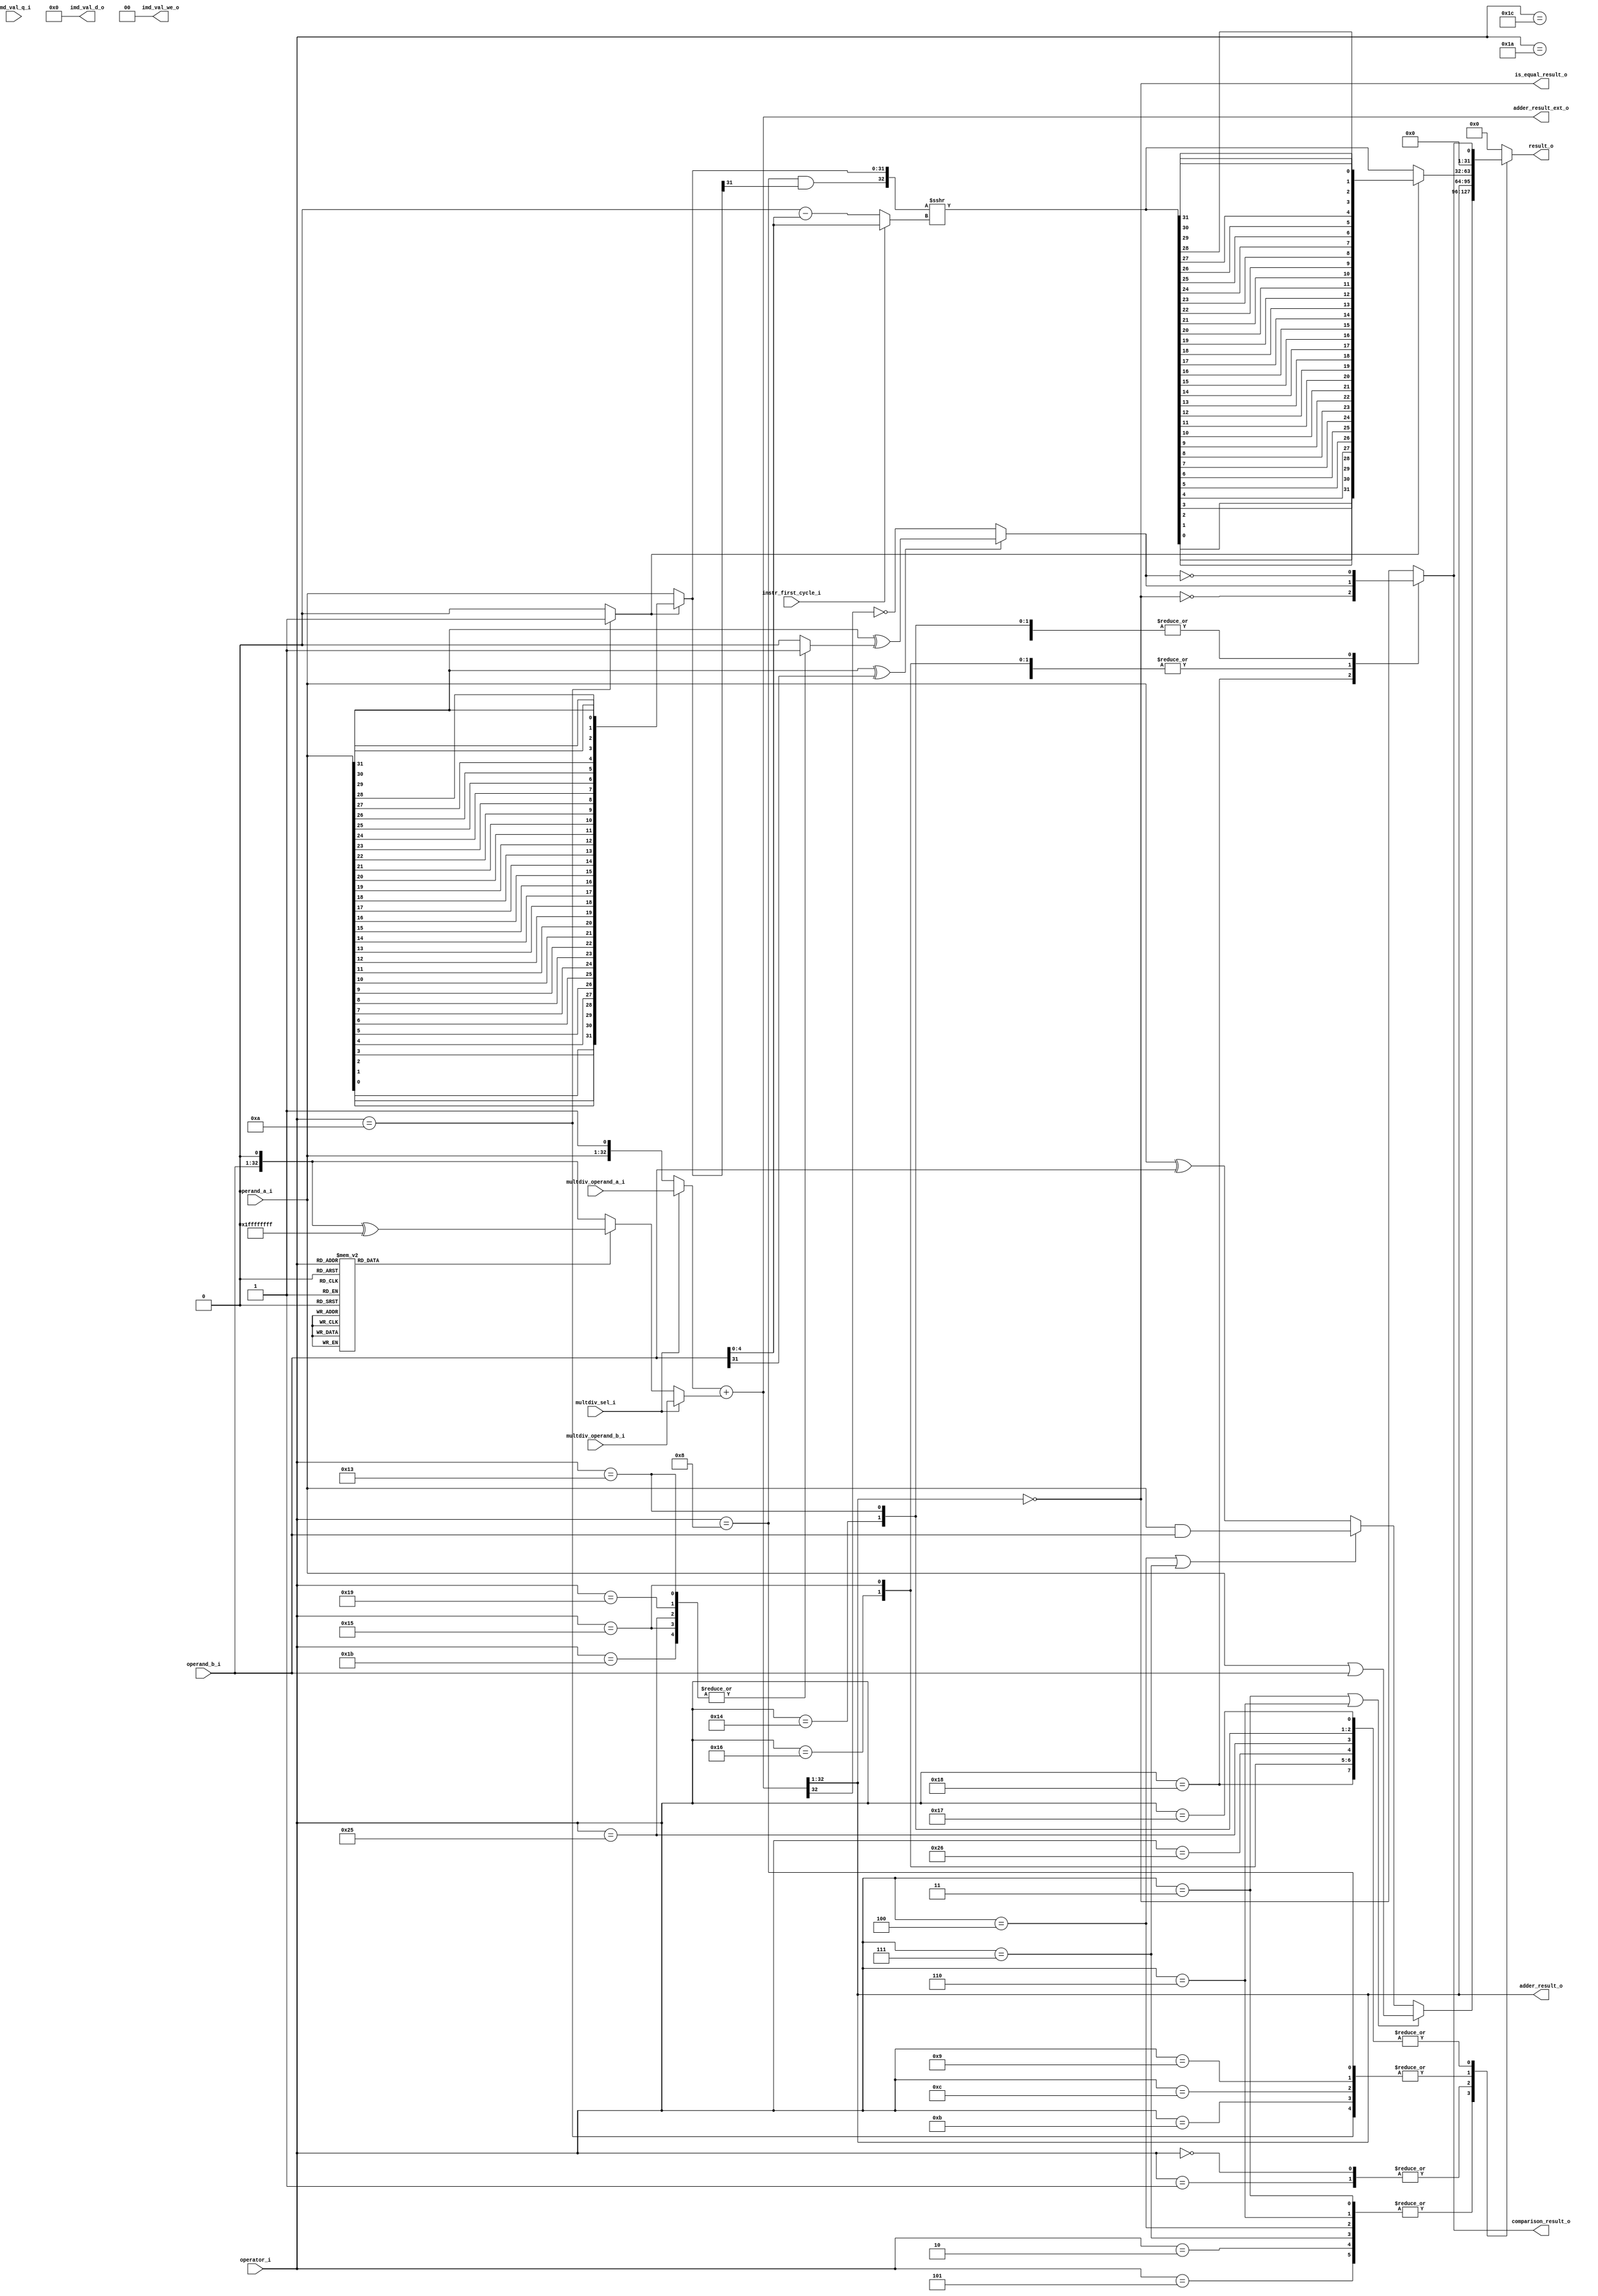
module ibex_alu (
	operator_i,
	operand_a_i,
	operand_b_i,
	instr_first_cycle_i,
	multdiv_operand_a_i,
	multdiv_operand_b_i,
	multdiv_sel_i,
	imd_val_q_i,
	imd_val_d_o,
	imd_val_we_o,
	adder_result_o,
	adder_result_ext_o,
	result_o,
	comparison_result_o,
	is_equal_result_o
);
	localparam integer ibex_pkg_RV32BNone = 0;
	parameter integer RV32B = ibex_pkg_RV32BNone;
	input wire [5:0] operator_i;
	input wire [31:0] operand_a_i;
	input wire [31:0] operand_b_i;
	input wire instr_first_cycle_i;
	input wire [32:0] multdiv_operand_a_i;
	input wire [32:0] multdiv_operand_b_i;
	input wire multdiv_sel_i;
	input wire [63:0] imd_val_q_i;
	output reg [63:0] imd_val_d_o;
	output reg [1:0] imd_val_we_o;
	output wire [31:0] adder_result_o;
	output wire [33:0] adder_result_ext_o;
	output reg [31:0] result_o;
	output wire comparison_result_o;
	output wire is_equal_result_o;
	wire [31:0] operand_a_rev;
	wire [32:0] operand_b_neg;
	generate
		genvar k;
		for (k = 0; k < 32; k = k + 1) begin : gen_rev_operand_a
			assign operand_a_rev[k] = operand_a_i[31 - k];
		end
	endgenerate
	reg adder_op_b_negate;
	wire [32:0] adder_in_a;
	reg [32:0] adder_in_b;
	wire [31:0] adder_result;
	localparam [5:0] ibex_pkg_ALU_EQ = 23;
	localparam [5:0] ibex_pkg_ALU_GE = 21;
	localparam [5:0] ibex_pkg_ALU_GEU = 22;
	localparam [5:0] ibex_pkg_ALU_LT = 19;
	localparam [5:0] ibex_pkg_ALU_LTU = 20;
	localparam [5:0] ibex_pkg_ALU_MAX = 27;
	localparam [5:0] ibex_pkg_ALU_MAXU = 28;
	localparam [5:0] ibex_pkg_ALU_MIN = 25;
	localparam [5:0] ibex_pkg_ALU_MINU = 26;
	localparam [5:0] ibex_pkg_ALU_NE = 24;
	localparam [5:0] ibex_pkg_ALU_SLT = 37;
	localparam [5:0] ibex_pkg_ALU_SLTU = 38;
	localparam [5:0] ibex_pkg_ALU_SUB = 1;
	always @(*) begin
		adder_op_b_negate = 1'b0;
		case (operator_i)
			ibex_pkg_ALU_SUB, ibex_pkg_ALU_EQ, ibex_pkg_ALU_NE, ibex_pkg_ALU_GE, ibex_pkg_ALU_GEU, ibex_pkg_ALU_LT, ibex_pkg_ALU_LTU, ibex_pkg_ALU_SLT, ibex_pkg_ALU_SLTU, ibex_pkg_ALU_MIN, ibex_pkg_ALU_MINU, ibex_pkg_ALU_MAX, ibex_pkg_ALU_MAXU: adder_op_b_negate = 1'b1;
			default:
				;
		endcase
	end
	assign adder_in_a = (multdiv_sel_i ? multdiv_operand_a_i : {operand_a_i, 1'b1});
	assign operand_b_neg = {operand_b_i, 1'b0} ^ {33 {1'b1}};
	always @(*)
		case (1'b1)
			multdiv_sel_i: adder_in_b = multdiv_operand_b_i;
			adder_op_b_negate: adder_in_b = operand_b_neg;
			default: adder_in_b = {operand_b_i, 1'b0};
		endcase
	assign adder_result_ext_o = $unsigned(adder_in_a) + $unsigned(adder_in_b);
	assign adder_result = adder_result_ext_o[32:1];
	assign adder_result_o = adder_result;
	wire is_equal;
	reg is_greater_equal;
	reg cmp_signed;
	always @(*)
		case (operator_i)
			ibex_pkg_ALU_GE, ibex_pkg_ALU_LT, ibex_pkg_ALU_SLT, ibex_pkg_ALU_MIN, ibex_pkg_ALU_MAX: cmp_signed = 1'b1;
			default: cmp_signed = 1'b0;
		endcase
	assign is_equal = adder_result == 32'b00000000000000000000000000000000;
	assign is_equal_result_o = is_equal;
	always @(*)
		if ((operand_a_i[31] ^ operand_b_i[31]) == 1'b0)
			is_greater_equal = adder_result[31] == 1'b0;
		else
			is_greater_equal = operand_a_i[31] ^ cmp_signed;
	reg cmp_result;
	always @(*)
		case (operator_i)
			ibex_pkg_ALU_EQ: cmp_result = is_equal;
			ibex_pkg_ALU_NE: cmp_result = ~is_equal;
			ibex_pkg_ALU_GE, ibex_pkg_ALU_GEU, ibex_pkg_ALU_MAX, ibex_pkg_ALU_MAXU: cmp_result = is_greater_equal;
			ibex_pkg_ALU_LT, ibex_pkg_ALU_LTU, ibex_pkg_ALU_MIN, ibex_pkg_ALU_MINU, ibex_pkg_ALU_SLT, ibex_pkg_ALU_SLTU: cmp_result = ~is_greater_equal;
			default: cmp_result = is_equal;
		endcase
	assign comparison_result_o = cmp_result;
	reg shift_left;
	wire shift_ones;
	wire shift_arith;
	wire shift_funnel;
	wire shift_sbmode;
	reg [5:0] shift_amt;
	wire [5:0] shift_amt_compl;
	reg [31:0] shift_operand;
	reg [32:0] shift_result_ext;
	reg unused_shift_result_ext;
	reg [31:0] shift_result;
	reg [31:0] shift_result_rev;
	wire bfp_op;
	wire [4:0] bfp_len;
	wire [4:0] bfp_off;
	wire [31:0] bfp_mask;
	wire [31:0] bfp_mask_rev;
	wire [31:0] bfp_result;
	localparam [5:0] ibex_pkg_ALU_BFP = 49;
	assign bfp_op = (RV32B != ibex_pkg_RV32BNone ? operator_i == ibex_pkg_ALU_BFP : 1'b0);
	assign bfp_len = {~(|operand_b_i[27:24]), operand_b_i[27:24]};
	assign bfp_off = operand_b_i[20:16];
	assign bfp_mask = (RV32B != ibex_pkg_RV32BNone ? ~(32'hffffffff << bfp_len) : {32 {1'sb0}});
	generate
		genvar i;
		for (i = 0; i < 32; i = i + 1) begin : gen_rev_bfp_mask
			assign bfp_mask_rev[i] = bfp_mask[31 - i];
		end
	endgenerate
	assign bfp_result = (RV32B != ibex_pkg_RV32BNone ? (~shift_result & operand_a_i) | ((operand_b_i & bfp_mask) << bfp_off) : {32 {1'sb0}});
	wire [1:1] sv2v_tmp_86907;
	assign sv2v_tmp_86907 = operand_b_i[5] & shift_funnel;
	always @(*) shift_amt[5] = sv2v_tmp_86907;
	assign shift_amt_compl = 32 - operand_b_i[4:0];
	always @(*)
		if (bfp_op)
			shift_amt[4:0] = bfp_off;
		else
			shift_amt[4:0] = (instr_first_cycle_i ? (operand_b_i[5] && shift_funnel ? shift_amt_compl[4:0] : operand_b_i[4:0]) : (operand_b_i[5] && shift_funnel ? operand_b_i[4:0] : shift_amt_compl[4:0]));
	localparam [5:0] ibex_pkg_ALU_SBCLR = 44;
	localparam [5:0] ibex_pkg_ALU_SBINV = 45;
	localparam [5:0] ibex_pkg_ALU_SBSET = 43;
	assign shift_sbmode = (RV32B != ibex_pkg_RV32BNone ? ((operator_i == ibex_pkg_ALU_SBSET) | (operator_i == ibex_pkg_ALU_SBCLR)) | (operator_i == ibex_pkg_ALU_SBINV) : 1'b0);
	localparam [5:0] ibex_pkg_ALU_FSL = 41;
	localparam [5:0] ibex_pkg_ALU_FSR = 42;
	localparam [5:0] ibex_pkg_ALU_ROL = 14;
	localparam [5:0] ibex_pkg_ALU_ROR = 13;
	localparam [5:0] ibex_pkg_ALU_SLL = 10;
	localparam [5:0] ibex_pkg_ALU_SLO = 12;
	always @(*) begin
		case (operator_i)
			ibex_pkg_ALU_SLL: shift_left = 1'b1;
			ibex_pkg_ALU_SLO, ibex_pkg_ALU_BFP: shift_left = (RV32B != ibex_pkg_RV32BNone ? 1'b1 : 1'b0);
			ibex_pkg_ALU_ROL: shift_left = (RV32B != ibex_pkg_RV32BNone ? instr_first_cycle_i : 0);
			ibex_pkg_ALU_ROR: shift_left = (RV32B != ibex_pkg_RV32BNone ? ~instr_first_cycle_i : 0);
			ibex_pkg_ALU_FSL: shift_left = (RV32B != ibex_pkg_RV32BNone ? (shift_amt[5] ? ~instr_first_cycle_i : instr_first_cycle_i) : 1'b0);
			ibex_pkg_ALU_FSR: shift_left = (RV32B != ibex_pkg_RV32BNone ? (shift_amt[5] ? instr_first_cycle_i : ~instr_first_cycle_i) : 1'b0);
			default: shift_left = 1'b0;
		endcase
		if (shift_sbmode)
			shift_left = 1'b1;
	end
	localparam [5:0] ibex_pkg_ALU_SRA = 8;
	assign shift_arith = operator_i == ibex_pkg_ALU_SRA;
	localparam [5:0] ibex_pkg_ALU_SRO = 11;
	assign shift_ones = (RV32B != ibex_pkg_RV32BNone ? (operator_i == ibex_pkg_ALU_SLO) | (operator_i == ibex_pkg_ALU_SRO) : 1'b0);
	assign shift_funnel = (RV32B != ibex_pkg_RV32BNone ? (operator_i == ibex_pkg_ALU_FSL) | (operator_i == ibex_pkg_ALU_FSR) : 1'b0);
	always @(*) begin
		if (RV32B == ibex_pkg_RV32BNone)
			shift_operand = (shift_left ? operand_a_rev : operand_a_i);
		else
			case (1'b1)
				bfp_op: shift_operand = bfp_mask_rev;
				shift_sbmode: shift_operand = 32'h80000000;
				default: shift_operand = (shift_left ? operand_a_rev : operand_a_i);
			endcase
		shift_result_ext = $unsigned($signed({shift_ones | (shift_arith & shift_operand[31]), shift_operand}) >>> shift_amt[4:0]);
		shift_result = shift_result_ext[31:0];
		unused_shift_result_ext = shift_result_ext[32];
		begin : sv2v_autoblock_6
			reg [31:0] i;
			for (i = 0; i < 32; i = i + 1)
				shift_result_rev[i] = shift_result[31 - i];
		end
		shift_result = (shift_left ? shift_result_rev : shift_result);
	end
	wire bwlogic_or;
	wire bwlogic_and;
	wire [31:0] bwlogic_operand_b;
	wire [31:0] bwlogic_or_result;
	wire [31:0] bwlogic_and_result;
	wire [31:0] bwlogic_xor_result;
	reg [31:0] bwlogic_result;
	reg bwlogic_op_b_negate;
	localparam [5:0] ibex_pkg_ALU_ANDN = 7;
	localparam [5:0] ibex_pkg_ALU_CMIX = 40;
	localparam [5:0] ibex_pkg_ALU_ORN = 6;
	localparam [5:0] ibex_pkg_ALU_XNOR = 5;
	always @(*)
		case (operator_i)
			ibex_pkg_ALU_XNOR, ibex_pkg_ALU_ORN, ibex_pkg_ALU_ANDN: bwlogic_op_b_negate = (RV32B != ibex_pkg_RV32BNone ? 1'b1 : 1'b0);
			ibex_pkg_ALU_CMIX: bwlogic_op_b_negate = (RV32B != ibex_pkg_RV32BNone ? ~instr_first_cycle_i : 1'b0);
			default: bwlogic_op_b_negate = 1'b0;
		endcase
	assign bwlogic_operand_b = (bwlogic_op_b_negate ? operand_b_neg[32:1] : operand_b_i);
	assign bwlogic_or_result = operand_a_i | bwlogic_operand_b;
	assign bwlogic_and_result = operand_a_i & bwlogic_operand_b;
	assign bwlogic_xor_result = operand_a_i ^ bwlogic_operand_b;
	localparam [5:0] ibex_pkg_ALU_OR = 3;
	assign bwlogic_or = (operator_i == ibex_pkg_ALU_OR) | (operator_i == ibex_pkg_ALU_ORN);
	localparam [5:0] ibex_pkg_ALU_AND = 4;
	assign bwlogic_and = (operator_i == ibex_pkg_ALU_AND) | (operator_i == ibex_pkg_ALU_ANDN);
	always @(*)
		case (1'b1)
			bwlogic_or: bwlogic_result = bwlogic_or_result;
			bwlogic_and: bwlogic_result = bwlogic_and_result;
			default: bwlogic_result = bwlogic_xor_result;
		endcase
	wire [5:0] bitcnt_result;
	wire [31:0] minmax_result;
	reg [31:0] pack_result;
	wire [31:0] sext_result;
	reg [31:0] singlebit_result;
	reg [31:0] rev_result;
	reg [31:0] shuffle_result;
	reg [31:0] butterfly_result;
	reg [31:0] invbutterfly_result;
	reg [31:0] clmul_result;
	reg [31:0] multicycle_result;
	localparam [5:0] ibex_pkg_ALU_BDEP = 48;
	localparam [5:0] ibex_pkg_ALU_BEXT = 47;
	localparam [5:0] ibex_pkg_ALU_CLMULH = 52;
	localparam [5:0] ibex_pkg_ALU_CLMULR = 51;
	localparam [5:0] ibex_pkg_ALU_CLZ = 34;
	localparam [5:0] ibex_pkg_ALU_CMOV = 39;
	localparam [5:0] ibex_pkg_ALU_CRC32C_B = 54;
	localparam [5:0] ibex_pkg_ALU_CRC32C_H = 56;
	localparam [5:0] ibex_pkg_ALU_CRC32C_W = 58;
	localparam [5:0] ibex_pkg_ALU_CRC32_B = 53;
	localparam [5:0] ibex_pkg_ALU_CRC32_H = 55;
	localparam [5:0] ibex_pkg_ALU_CRC32_W = 57;
	localparam [5:0] ibex_pkg_ALU_CTZ = 35;
	localparam [5:0] ibex_pkg_ALU_GORC = 16;
	localparam [5:0] ibex_pkg_ALU_PACKH = 31;
	localparam [5:0] ibex_pkg_ALU_PACKU = 30;
	localparam [5:0] ibex_pkg_ALU_SEXTB = 32;
	localparam [5:0] ibex_pkg_ALU_UNSHFL = 18;
	localparam integer ibex_pkg_RV32BFull = 2;
	generate
		if (RV32B != ibex_pkg_RV32BNone) begin : g_alu_rvb
			wire zbe_op;
			wire bitcnt_ctz;
			wire bitcnt_clz;
			wire bitcnt_cz;
			reg [31:0] bitcnt_bits;
			wire [31:0] bitcnt_mask_op;
			reg [31:0] bitcnt_bit_mask;
			reg [191:0] bitcnt_partial;
			wire [31:0] bitcnt_partial_lsb_d;
			wire [31:0] bitcnt_partial_msb_d;
			assign bitcnt_ctz = operator_i == ibex_pkg_ALU_CTZ;
			assign bitcnt_clz = operator_i == ibex_pkg_ALU_CLZ;
			assign bitcnt_cz = bitcnt_ctz | bitcnt_clz;
			assign bitcnt_result = bitcnt_partial[0+:6];
			assign bitcnt_mask_op = (bitcnt_clz ? operand_a_rev : operand_a_i);
			always @(*) begin
				bitcnt_bit_mask = bitcnt_mask_op;
				bitcnt_bit_mask = bitcnt_bit_mask | (bitcnt_bit_mask << 1);
				bitcnt_bit_mask = bitcnt_bit_mask | (bitcnt_bit_mask << 2);
				bitcnt_bit_mask = bitcnt_bit_mask | (bitcnt_bit_mask << 4);
				bitcnt_bit_mask = bitcnt_bit_mask | (bitcnt_bit_mask << 8);
				bitcnt_bit_mask = bitcnt_bit_mask | (bitcnt_bit_mask << 16);
				bitcnt_bit_mask = ~bitcnt_bit_mask;
			end
			assign zbe_op = (operator_i == ibex_pkg_ALU_BEXT) | (operator_i == ibex_pkg_ALU_BDEP);
			always @(*)
				case (1'b1)
					zbe_op: bitcnt_bits = operand_b_i;
					bitcnt_cz: bitcnt_bits = bitcnt_bit_mask & ~bitcnt_mask_op;
					default: bitcnt_bits = operand_a_i;
				endcase
			always @(*) begin
				bitcnt_partial = {32 {6'b000000}};
				begin : sv2v_autoblock_7
					reg [31:0] i;
					for (i = 1; i < 32; i = i + 2)
						bitcnt_partial[(31 - i) * 6+:6] = {5'h00, bitcnt_bits[i]} + {5'h00, bitcnt_bits[i - 1]};
				end
				begin : sv2v_autoblock_8
					reg [31:0] i;
					for (i = 3; i < 32; i = i + 4)
						bitcnt_partial[(31 - i) * 6+:6] = bitcnt_partial[(33 - i) * 6+:6] + bitcnt_partial[(31 - i) * 6+:6];
				end
				begin : sv2v_autoblock_9
					reg [31:0] i;
					for (i = 7; i < 32; i = i + 8)
						bitcnt_partial[(31 - i) * 6+:6] = bitcnt_partial[(35 - i) * 6+:6] + bitcnt_partial[(31 - i) * 6+:6];
				end
				begin : sv2v_autoblock_10
					reg [31:0] i;
					for (i = 15; i < 32; i = i + 16)
						bitcnt_partial[(31 - i) * 6+:6] = bitcnt_partial[(39 - i) * 6+:6] + bitcnt_partial[(31 - i) * 6+:6];
				end
				bitcnt_partial[0+:6] = bitcnt_partial[96+:6] + bitcnt_partial[0+:6];
				bitcnt_partial[48+:6] = bitcnt_partial[96+:6] + bitcnt_partial[48+:6];
				begin : sv2v_autoblock_11
					reg [31:0] i;
					for (i = 11; i < 32; i = i + 8)
						bitcnt_partial[(31 - i) * 6+:6] = bitcnt_partial[(35 - i) * 6+:6] + bitcnt_partial[(31 - i) * 6+:6];
				end
				begin : sv2v_autoblock_12
					reg [31:0] i;
					for (i = 5; i < 32; i = i + 4)
						bitcnt_partial[(31 - i) * 6+:6] = bitcnt_partial[(33 - i) * 6+:6] + bitcnt_partial[(31 - i) * 6+:6];
				end
				bitcnt_partial[186+:6] = {5'h00, bitcnt_bits[0]};
				begin : sv2v_autoblock_13
					reg [31:0] i;
					for (i = 2; i < 32; i = i + 2)
						bitcnt_partial[(31 - i) * 6+:6] = bitcnt_partial[(32 - i) * 6+:6] + {5'h00, bitcnt_bits[i]};
				end
			end
			assign minmax_result = (cmp_result ? operand_a_i : operand_b_i);
			wire packu;
			wire packh;
			assign packu = operator_i == ibex_pkg_ALU_PACKU;
			assign packh = operator_i == ibex_pkg_ALU_PACKH;
			always @(*)
				case (1'b1)
					packu: pack_result = {operand_b_i[31:16], operand_a_i[31:16]};
					packh: pack_result = {16'h0000, operand_b_i[7:0], operand_a_i[7:0]};
					default: pack_result = {operand_b_i[15:0], operand_a_i[15:0]};
				endcase
			assign sext_result = (operator_i == ibex_pkg_ALU_SEXTB ? {{24 {operand_a_i[7]}}, operand_a_i[7:0]} : {{16 {operand_a_i[15]}}, operand_a_i[15:0]});
			always @(*)
				case (operator_i)
					ibex_pkg_ALU_SBSET: singlebit_result = operand_a_i | shift_result;
					ibex_pkg_ALU_SBCLR: singlebit_result = operand_a_i & ~shift_result;
					ibex_pkg_ALU_SBINV: singlebit_result = operand_a_i ^ shift_result;
					default: singlebit_result = {31'h00000000, shift_result[0]};
				endcase
			wire [4:0] zbp_shift_amt;
			wire gorc_op;
			assign gorc_op = operator_i == ibex_pkg_ALU_GORC;
			assign zbp_shift_amt[2:0] = (RV32B == ibex_pkg_RV32BFull ? shift_amt[2:0] : {3 {&shift_amt[2:0]}});
			assign zbp_shift_amt[4:3] = (RV32B == ibex_pkg_RV32BFull ? shift_amt[4:3] : {2 {&shift_amt[4:3]}});
			always @(*) begin
				rev_result = operand_a_i;
				if (zbp_shift_amt[0])
					rev_result = ((gorc_op ? rev_result : 32'h00000000) | ((rev_result & 32'h55555555) << 1)) | ((rev_result & 32'haaaaaaaa) >> 1);
				if (zbp_shift_amt[1])
					rev_result = ((gorc_op ? rev_result : 32'h00000000) | ((rev_result & 32'h33333333) << 2)) | ((rev_result & 32'hcccccccc) >> 2);
				if (zbp_shift_amt[2])
					rev_result = ((gorc_op ? rev_result : 32'h00000000) | ((rev_result & 32'h0f0f0f0f) << 4)) | ((rev_result & 32'hf0f0f0f0) >> 4);
				if (zbp_shift_amt[3])
					rev_result = ((gorc_op & (RV32B == ibex_pkg_RV32BFull) ? rev_result : 32'h00000000) | ((rev_result & 32'h00ff00ff) << 8)) | ((rev_result & 32'hff00ff00) >> 8);
				if (zbp_shift_amt[4])
					rev_result = ((gorc_op & (RV32B == ibex_pkg_RV32BFull) ? rev_result : 32'h00000000) | ((rev_result & 32'h0000ffff) << 16)) | ((rev_result & 32'hffff0000) >> 16);
			end
			wire crc_hmode;
			wire crc_bmode;
			wire [31:0] clmul_result_rev;
			if (RV32B == ibex_pkg_RV32BFull) begin : gen_alu_rvb_full
				localparam [127:0] SHUFFLE_MASK_L = {32'h00ff0000, 32'h0f000f00, 32'h30303030, 32'h44444444};
				localparam [127:0] SHUFFLE_MASK_R = {32'h0000ff00, 32'h00f000f0, 32'h0c0c0c0c, 32'h22222222};
				localparam [127:0] FLIP_MASK_L = {32'h22001100, 32'h00440000, 32'h44110000, 32'h11000000};
				localparam [127:0] FLIP_MASK_R = {32'h00880044, 32'h00002200, 32'h00008822, 32'h00000088};
				wire [31:0] SHUFFLE_MASK_NOT [0:3];
				for (i = 0; i < 4; i = i + 1) begin : gen_shuffle_mask_not
					assign SHUFFLE_MASK_NOT[i] = ~(SHUFFLE_MASK_L[(3 - i) * 32+:32] | SHUFFLE_MASK_R[(3 - i) * 32+:32]);
				end
				wire shuffle_flip;
				assign shuffle_flip = operator_i == ibex_pkg_ALU_UNSHFL;
				reg [3:0] shuffle_mode;
				always @(*) begin
					shuffle_result = operand_a_i;
					if (shuffle_flip) begin
						shuffle_mode[3] = shift_amt[0];
						shuffle_mode[2] = shift_amt[1];
						shuffle_mode[1] = shift_amt[2];
						shuffle_mode[0] = shift_amt[3];
					end
					else
						shuffle_mode = shift_amt[3:0];
					if (shuffle_flip)
						shuffle_result = ((((((((shuffle_result & 32'h88224411) | ((shuffle_result << 6) & FLIP_MASK_L[96+:32])) | ((shuffle_result >> 6) & FLIP_MASK_R[96+:32])) | ((shuffle_result << 9) & FLIP_MASK_L[64+:32])) | ((shuffle_result >> 9) & FLIP_MASK_R[64+:32])) | ((shuffle_result << 15) & FLIP_MASK_L[32+:32])) | ((shuffle_result >> 15) & FLIP_MASK_R[32+:32])) | ((shuffle_result << 21) & FLIP_MASK_L[0+:32])) | ((shuffle_result >> 21) & FLIP_MASK_R[0+:32]);
					if (shuffle_mode[3])
						shuffle_result = (shuffle_result & SHUFFLE_MASK_NOT[0]) | (((shuffle_result << 8) & SHUFFLE_MASK_L[96+:32]) | ((shuffle_result >> 8) & SHUFFLE_MASK_R[96+:32]));
					if (shuffle_mode[2])
						shuffle_result = (shuffle_result & SHUFFLE_MASK_NOT[1]) | (((shuffle_result << 4) & SHUFFLE_MASK_L[64+:32]) | ((shuffle_result >> 4) & SHUFFLE_MASK_R[64+:32]));
					if (shuffle_mode[1])
						shuffle_result = (shuffle_result & SHUFFLE_MASK_NOT[2]) | (((shuffle_result << 2) & SHUFFLE_MASK_L[32+:32]) | ((shuffle_result >> 2) & SHUFFLE_MASK_R[32+:32]));
					if (shuffle_mode[0])
						shuffle_result = (shuffle_result & SHUFFLE_MASK_NOT[3]) | (((shuffle_result << 1) & SHUFFLE_MASK_L[0+:32]) | ((shuffle_result >> 1) & SHUFFLE_MASK_R[0+:32]));
					if (shuffle_flip)
						shuffle_result = ((((((((shuffle_result & 32'h88224411) | ((shuffle_result << 6) & FLIP_MASK_L[96+:32])) | ((shuffle_result >> 6) & FLIP_MASK_R[96+:32])) | ((shuffle_result << 9) & FLIP_MASK_L[64+:32])) | ((shuffle_result >> 9) & FLIP_MASK_R[64+:32])) | ((shuffle_result << 15) & FLIP_MASK_L[32+:32])) | ((shuffle_result >> 15) & FLIP_MASK_R[32+:32])) | ((shuffle_result << 21) & FLIP_MASK_L[0+:32])) | ((shuffle_result >> 21) & FLIP_MASK_R[0+:32]);
				end
				reg [191:0] bitcnt_partial_q;
				for (i = 0; i < 32; i = i + 1) begin : gen_bitcnt_reg_in_lsb
					assign bitcnt_partial_lsb_d[i] = bitcnt_partial[(31 - i) * 6];
				end
				for (i = 0; i < 16; i = i + 1) begin : gen_bitcnt_reg_in_b1
					assign bitcnt_partial_msb_d[i] = bitcnt_partial[((31 - ((2 * i) + 1)) * 6) + 1];
				end
				for (i = 0; i < 8; i = i + 1) begin : gen_bitcnt_reg_in_b2
					assign bitcnt_partial_msb_d[16 + i] = bitcnt_partial[((31 - ((4 * i) + 3)) * 6) + 2];
				end
				for (i = 0; i < 4; i = i + 1) begin : gen_bitcnt_reg_in_b3
					assign bitcnt_partial_msb_d[24 + i] = bitcnt_partial[((31 - ((8 * i) + 7)) * 6) + 3];
				end
				for (i = 0; i < 2; i = i + 1) begin : gen_bitcnt_reg_in_b4
					assign bitcnt_partial_msb_d[28 + i] = bitcnt_partial[((31 - ((16 * i) + 15)) * 6) + 4];
				end
				assign bitcnt_partial_msb_d[30] = bitcnt_partial[5];
				assign bitcnt_partial_msb_d[31] = 1'b0;
				always @(*) begin
					bitcnt_partial_q = {32 {6'b000000}};
					begin : sv2v_autoblock_14
						reg [31:0] i;
						for (i = 0; i < 32; i = i + 1)
							begin : gen_bitcnt_reg_out_lsb
								bitcnt_partial_q[(31 - i) * 6] = imd_val_q_i[32 + i];
							end
					end
					begin : sv2v_autoblock_15
						reg [31:0] i;
						for (i = 0; i < 16; i = i + 1)
							begin : gen_bitcnt_reg_out_b1
								bitcnt_partial_q[((31 - ((2 * i) + 1)) * 6) + 1] = imd_val_q_i[i];
							end
					end
					begin : sv2v_autoblock_16
						reg [31:0] i;
						for (i = 0; i < 8; i = i + 1)
							begin : gen_bitcnt_reg_out_b2
								bitcnt_partial_q[((31 - ((4 * i) + 3)) * 6) + 2] = imd_val_q_i[16 + i];
							end
					end
					begin : sv2v_autoblock_17
						reg [31:0] i;
						for (i = 0; i < 4; i = i + 1)
							begin : gen_bitcnt_reg_out_b3
								bitcnt_partial_q[((31 - ((8 * i) + 7)) * 6) + 3] = imd_val_q_i[24 + i];
							end
					end
					begin : sv2v_autoblock_18
						reg [31:0] i;
						for (i = 0; i < 2; i = i + 1)
							begin : gen_bitcnt_reg_out_b4
								bitcnt_partial_q[((31 - ((16 * i) + 15)) * 6) + 4] = imd_val_q_i[28 + i];
							end
					end
					bitcnt_partial_q[5] = imd_val_q_i[30];
				end
				wire [31:0] butterfly_mask_l [0:4];
				wire [31:0] butterfly_mask_r [0:4];
				wire [31:0] butterfly_mask_not [0:4];
				wire [31:0] lrotc_stage [0:4];
				genvar stg;
				for (stg = 0; stg < 5; stg = stg + 1) begin : gen_butterfly_ctrl_stage
					genvar seg;
					for (seg = 0; seg < (2 ** stg); seg = seg + 1) begin : gen_butterfly_ctrl
						assign lrotc_stage[stg][((2 * (16 >> stg)) * (seg + 1)) - 1:(2 * (16 >> stg)) * seg] = {{16 >> stg {1'b0}}, {16 >> stg {1'b1}}} << bitcnt_partial_q[((32 - ((16 >> stg) * ((2 * seg) + 1))) * 6) + ($clog2(16 >> stg) >= 0 ? $clog2(16 >> stg) : ($clog2(16 >> stg) + ($clog2(16 >> stg) >= 0 ? $clog2(16 >> stg) + 1 : 1 - $clog2(16 >> stg))) - 1)-:($clog2(16 >> stg) >= 0 ? $clog2(16 >> stg) + 1 : 1 - $clog2(16 >> stg))];
						assign butterfly_mask_l[stg][((16 >> stg) * ((2 * seg) + 2)) - 1:(16 >> stg) * ((2 * seg) + 1)] = ~lrotc_stage[stg][((16 >> stg) * ((2 * seg) + 2)) - 1:(16 >> stg) * ((2 * seg) + 1)];
						assign butterfly_mask_r[stg][((16 >> stg) * ((2 * seg) + 1)) - 1:(16 >> stg) * (2 * seg)] = ~lrotc_stage[stg][((16 >> stg) * ((2 * seg) + 2)) - 1:(16 >> stg) * ((2 * seg) + 1)];
						assign butterfly_mask_l[stg][((16 >> stg) * ((2 * seg) + 1)) - 1:(16 >> stg) * (2 * seg)] = {((((16 >> stg) * ((2 * seg) + 1)) - 1) >= ((16 >> stg) * (2 * seg)) ? ((((16 >> stg) * ((2 * seg) + 1)) - 1) - ((16 >> stg) * (2 * seg))) + 1 : (((16 >> stg) * (2 * seg)) - (((16 >> stg) * ((2 * seg) + 1)) - 1)) + 1) {1'sb0}};
						assign butterfly_mask_r[stg][((16 >> stg) * ((2 * seg) + 2)) - 1:(16 >> stg) * ((2 * seg) + 1)] = {((((16 >> stg) * ((2 * seg) + 2)) - 1) >= ((16 >> stg) * ((2 * seg) + 1)) ? ((((16 >> stg) * ((2 * seg) + 2)) - 1) - ((16 >> stg) * ((2 * seg) + 1))) + 1 : (((16 >> stg) * ((2 * seg) + 1)) - (((16 >> stg) * ((2 * seg) + 2)) - 1)) + 1) {1'sb0}};
					end
				end
				for (stg = 0; stg < 5; stg = stg + 1) begin : gen_butterfly_not
					assign butterfly_mask_not[stg] = ~(butterfly_mask_l[stg] | butterfly_mask_r[stg]);
				end
				always @(*) begin
					butterfly_result = operand_a_i;
					butterfly_result = ((butterfly_result & butterfly_mask_not[0]) | ((butterfly_result & butterfly_mask_l[0]) >> 16)) | ((butterfly_result & butterfly_mask_r[0]) << 16);
					butterfly_result = ((butterfly_result & butterfly_mask_not[1]) | ((butterfly_result & butterfly_mask_l[1]) >> 8)) | ((butterfly_result & butterfly_mask_r[1]) << 8);
					butterfly_result = ((butterfly_result & butterfly_mask_not[2]) | ((butterfly_result & butterfly_mask_l[2]) >> 4)) | ((butterfly_result & butterfly_mask_r[2]) << 4);
					butterfly_result = ((butterfly_result & butterfly_mask_not[3]) | ((butterfly_result & butterfly_mask_l[3]) >> 2)) | ((butterfly_result & butterfly_mask_r[3]) << 2);
					butterfly_result = ((butterfly_result & butterfly_mask_not[4]) | ((butterfly_result & butterfly_mask_l[4]) >> 1)) | ((butterfly_result & butterfly_mask_r[4]) << 1);
					butterfly_result = butterfly_result & operand_b_i;
				end
				always @(*) begin
					invbutterfly_result = operand_a_i & operand_b_i;
					invbutterfly_result = ((invbutterfly_result & butterfly_mask_not[4]) | ((invbutterfly_result & butterfly_mask_l[4]) >> 1)) | ((invbutterfly_result & butterfly_mask_r[4]) << 1);
					invbutterfly_result = ((invbutterfly_result & butterfly_mask_not[3]) | ((invbutterfly_result & butterfly_mask_l[3]) >> 2)) | ((invbutterfly_result & butterfly_mask_r[3]) << 2);
					invbutterfly_result = ((invbutterfly_result & butterfly_mask_not[2]) | ((invbutterfly_result & butterfly_mask_l[2]) >> 4)) | ((invbutterfly_result & butterfly_mask_r[2]) << 4);
					invbutterfly_result = ((invbutterfly_result & butterfly_mask_not[1]) | ((invbutterfly_result & butterfly_mask_l[1]) >> 8)) | ((invbutterfly_result & butterfly_mask_r[1]) << 8);
					invbutterfly_result = ((invbutterfly_result & butterfly_mask_not[0]) | ((invbutterfly_result & butterfly_mask_l[0]) >> 16)) | ((invbutterfly_result & butterfly_mask_r[0]) << 16);
				end
				wire clmul_rmode;
				wire clmul_hmode;
				reg [31:0] clmul_op_a;
				reg [31:0] clmul_op_b;
				wire [31:0] operand_b_rev;
				wire [31:0] clmul_and_stage [0:31];
				wire [31:0] clmul_xor_stage1 [0:15];
				wire [31:0] clmul_xor_stage2 [0:7];
				wire [31:0] clmul_xor_stage3 [0:3];
				wire [31:0] clmul_xor_stage4 [0:1];
				wire [31:0] clmul_result_raw;
				for (i = 0; i < 32; i = i + 1) begin : gen_rev_operand_b
					assign operand_b_rev[i] = operand_b_i[31 - i];
				end
				assign clmul_rmode = operator_i == ibex_pkg_ALU_CLMULR;
				assign clmul_hmode = operator_i == ibex_pkg_ALU_CLMULH;
				localparam [31:0] CRC32_POLYNOMIAL = 32'h04c11db7;
				localparam [31:0] CRC32_MU_REV = 32'hf7011641;
				localparam [31:0] CRC32C_POLYNOMIAL = 32'h1edc6f41;
				localparam [31:0] CRC32C_MU_REV = 32'hdea713f1;
				wire crc_op;
				wire crc_cpoly;
				reg [31:0] crc_operand;
				wire [31:0] crc_poly;
				wire [31:0] crc_mu_rev;
				assign crc_op = (((((operator_i == ibex_pkg_ALU_CRC32C_W) | (operator_i == ibex_pkg_ALU_CRC32_W)) | (operator_i == ibex_pkg_ALU_CRC32C_H)) | (operator_i == ibex_pkg_ALU_CRC32_H)) | (operator_i == ibex_pkg_ALU_CRC32C_B)) | (operator_i == ibex_pkg_ALU_CRC32_B);
				assign crc_cpoly = ((operator_i == ibex_pkg_ALU_CRC32C_W) | (operator_i == ibex_pkg_ALU_CRC32C_H)) | (operator_i == ibex_pkg_ALU_CRC32C_B);
				assign crc_hmode = (operator_i == ibex_pkg_ALU_CRC32_H) | (operator_i == ibex_pkg_ALU_CRC32C_H);
				assign crc_bmode = (operator_i == ibex_pkg_ALU_CRC32_B) | (operator_i == ibex_pkg_ALU_CRC32C_B);
				assign crc_poly = (crc_cpoly ? CRC32C_POLYNOMIAL : CRC32_POLYNOMIAL);
				assign crc_mu_rev = (crc_cpoly ? CRC32C_MU_REV : CRC32_MU_REV);
				always @(*)
					case (1'b1)
						crc_bmode: crc_operand = {operand_a_i[7:0], 24'h000000};
						crc_hmode: crc_operand = {operand_a_i[15:0], 16'h0000};
						default: crc_operand = operand_a_i;
					endcase
				always @(*)
					if (crc_op) begin
						clmul_op_a = (instr_first_cycle_i ? crc_operand : imd_val_q_i[32+:32]);
						clmul_op_b = (instr_first_cycle_i ? crc_mu_rev : crc_poly);
					end
					else begin
						clmul_op_a = (clmul_rmode | clmul_hmode ? operand_a_rev : operand_a_i);
						clmul_op_b = (clmul_rmode | clmul_hmode ? operand_b_rev : operand_b_i);
					end
				for (i = 0; i < 32; i = i + 1) begin : gen_clmul_and_op
					assign clmul_and_stage[i] = (clmul_op_b[i] ? clmul_op_a << i : {32 {1'sb0}});
				end
				for (i = 0; i < 16; i = i + 1) begin : gen_clmul_xor_op_l1
					assign clmul_xor_stage1[i] = clmul_and_stage[2 * i] ^ clmul_and_stage[(2 * i) + 1];
				end
				for (i = 0; i < 8; i = i + 1) begin : gen_clmul_xor_op_l2
					assign clmul_xor_stage2[i] = clmul_xor_stage1[2 * i] ^ clmul_xor_stage1[(2 * i) + 1];
				end
				for (i = 0; i < 4; i = i + 1) begin : gen_clmul_xor_op_l3
					assign clmul_xor_stage3[i] = clmul_xor_stage2[2 * i] ^ clmul_xor_stage2[(2 * i) + 1];
				end
				for (i = 0; i < 2; i = i + 1) begin : gen_clmul_xor_op_l4
					assign clmul_xor_stage4[i] = clmul_xor_stage3[2 * i] ^ clmul_xor_stage3[(2 * i) + 1];
				end
				assign clmul_result_raw = clmul_xor_stage4[0] ^ clmul_xor_stage4[1];
				for (i = 0; i < 32; i = i + 1) begin : gen_rev_clmul_result
					assign clmul_result_rev[i] = clmul_result_raw[31 - i];
				end
				always @(*)
					case (1'b1)
						clmul_rmode: clmul_result = clmul_result_rev;
						clmul_hmode: clmul_result = {1'b0, clmul_result_rev[31:1]};
						default: clmul_result = clmul_result_raw;
					endcase
			end
			else begin : gen_alu_rvb_notfull
				wire [31:0] unused_imd_val_q_1;
				assign unused_imd_val_q_1 = imd_val_q_i[0+:32];
				wire [32:1] sv2v_tmp_8C42B;
				assign sv2v_tmp_8C42B = {32 {1'sb0}};
				always @(*) shuffle_result = sv2v_tmp_8C42B;
				wire [32:1] sv2v_tmp_B0AD4;
				assign sv2v_tmp_B0AD4 = {32 {1'sb0}};
				always @(*) butterfly_result = sv2v_tmp_B0AD4;
				wire [32:1] sv2v_tmp_AFC2C;
				assign sv2v_tmp_AFC2C = {32 {1'sb0}};
				always @(*) invbutterfly_result = sv2v_tmp_AFC2C;
				wire [32:1] sv2v_tmp_3A741;
				assign sv2v_tmp_3A741 = {32 {1'sb0}};
				always @(*) clmul_result = sv2v_tmp_3A741;
				assign bitcnt_partial_lsb_d = {32 {1'sb0}};
				assign bitcnt_partial_msb_d = {32 {1'sb0}};
				assign clmul_result_rev = {32 {1'sb0}};
				assign crc_bmode = 1'b0;
				assign crc_hmode = 1'b0;
			end
			always @(*)
				case (operator_i)
					ibex_pkg_ALU_CMOV: begin
						multicycle_result = (operand_b_i == 32'h00000000 ? operand_a_i : imd_val_q_i[32+:32]);
						imd_val_d_o = {operand_a_i, 32'h00000000};
						if (instr_first_cycle_i)
							imd_val_we_o = 2'b01;
						else
							imd_val_we_o = 2'b00;
					end
					ibex_pkg_ALU_CMIX: begin
						multicycle_result = imd_val_q_i[32+:32] | bwlogic_and_result;
						imd_val_d_o = {bwlogic_and_result, 32'h00000000};
						if (instr_first_cycle_i)
							imd_val_we_o = 2'b01;
						else
							imd_val_we_o = 2'b00;
					end
					ibex_pkg_ALU_FSR, ibex_pkg_ALU_FSL, ibex_pkg_ALU_ROL, ibex_pkg_ALU_ROR: begin
						if (shift_amt[4:0] == 5'h00)
							multicycle_result = (shift_amt[5] ? operand_a_i : imd_val_q_i[32+:32]);
						else
							multicycle_result = imd_val_q_i[32+:32] | shift_result;
						imd_val_d_o = {shift_result, 32'h00000000};
						if (instr_first_cycle_i)
							imd_val_we_o = 2'b01;
						else
							imd_val_we_o = 2'b00;
					end
					ibex_pkg_ALU_CRC32_W, ibex_pkg_ALU_CRC32C_W, ibex_pkg_ALU_CRC32_H, ibex_pkg_ALU_CRC32C_H, ibex_pkg_ALU_CRC32_B, ibex_pkg_ALU_CRC32C_B:
						if (RV32B == ibex_pkg_RV32BFull) begin
							case (1'b1)
								crc_bmode: multicycle_result = clmul_result_rev ^ (operand_a_i >> 8);
								crc_hmode: multicycle_result = clmul_result_rev ^ (operand_a_i >> 16);
								default: multicycle_result = clmul_result_rev;
							endcase
							imd_val_d_o = {clmul_result_rev, 32'h00000000};
							if (instr_first_cycle_i)
								imd_val_we_o = 2'b01;
							else
								imd_val_we_o = 2'b00;
						end
						else begin
							imd_val_d_o = {operand_a_i, 32'h00000000};
							imd_val_we_o = 2'b00;
							multicycle_result = {32 {1'sb0}};
						end
					ibex_pkg_ALU_BEXT, ibex_pkg_ALU_BDEP:
						if (RV32B == ibex_pkg_RV32BFull) begin
							multicycle_result = (operator_i == ibex_pkg_ALU_BDEP ? butterfly_result : invbutterfly_result);
							imd_val_d_o = {bitcnt_partial_lsb_d, bitcnt_partial_msb_d};
							if (instr_first_cycle_i)
								imd_val_we_o = 2'b11;
							else
								imd_val_we_o = 2'b00;
						end
						else begin
							imd_val_d_o = {operand_a_i, 32'h00000000};
							imd_val_we_o = 2'b00;
							multicycle_result = {32 {1'sb0}};
						end
					default: begin
						imd_val_d_o = {operand_a_i, 32'h00000000};
						imd_val_we_o = 2'b00;
						multicycle_result = {32 {1'sb0}};
					end
				endcase
		end
		else begin : g_no_alu_rvb
			wire [63:0] unused_imd_val_q;
			assign unused_imd_val_q = imd_val_q_i;
			wire [31:0] unused_butterfly_result;
			assign unused_butterfly_result = butterfly_result;
			wire [31:0] unused_invbutterfly_result;
			assign unused_invbutterfly_result = invbutterfly_result;
			assign bitcnt_result = {6 {1'sb0}};
			assign minmax_result = {32 {1'sb0}};
			wire [32:1] sv2v_tmp_68181;
			assign sv2v_tmp_68181 = {32 {1'sb0}};
			always @(*) pack_result = sv2v_tmp_68181;
			assign sext_result = {32 {1'sb0}};
			wire [32:1] sv2v_tmp_D756E;
			assign sv2v_tmp_D756E = {32 {1'sb0}};
			always @(*) singlebit_result = sv2v_tmp_D756E;
			wire [32:1] sv2v_tmp_BAAB3;
			assign sv2v_tmp_BAAB3 = {32 {1'sb0}};
			always @(*) rev_result = sv2v_tmp_BAAB3;
			wire [32:1] sv2v_tmp_8C42B;
			assign sv2v_tmp_8C42B = {32 {1'sb0}};
			always @(*) shuffle_result = sv2v_tmp_8C42B;
			wire [32:1] sv2v_tmp_B0AD4;
			assign sv2v_tmp_B0AD4 = {32 {1'sb0}};
			always @(*) butterfly_result = sv2v_tmp_B0AD4;
			wire [32:1] sv2v_tmp_AFC2C;
			assign sv2v_tmp_AFC2C = {32 {1'sb0}};
			always @(*) invbutterfly_result = sv2v_tmp_AFC2C;
			wire [32:1] sv2v_tmp_3A741;
			assign sv2v_tmp_3A741 = {32 {1'sb0}};
			always @(*) clmul_result = sv2v_tmp_3A741;
			wire [32:1] sv2v_tmp_172E8;
			assign sv2v_tmp_172E8 = {32 {1'sb0}};
			always @(*) multicycle_result = sv2v_tmp_172E8;
			wire [64:1] sv2v_tmp_CAB3F;
			assign sv2v_tmp_CAB3F = {2 {32'b00000000000000000000000000000000}};
			always @(*) imd_val_d_o = sv2v_tmp_CAB3F;
			wire [2:1] sv2v_tmp_B65CC;
			assign sv2v_tmp_B65CC = {2 {1'b0}};
			always @(*) imd_val_we_o = sv2v_tmp_B65CC;
		end
	endgenerate
	localparam [5:0] ibex_pkg_ALU_ADD = 0;
	localparam [5:0] ibex_pkg_ALU_CLMUL = 50;
	localparam [5:0] ibex_pkg_ALU_GREV = 15;
	localparam [5:0] ibex_pkg_ALU_PACK = 29;
	localparam [5:0] ibex_pkg_ALU_PCNT = 36;
	localparam [5:0] ibex_pkg_ALU_SBEXT = 46;
	localparam [5:0] ibex_pkg_ALU_SEXTH = 33;
	localparam [5:0] ibex_pkg_ALU_SHFL = 17;
	localparam [5:0] ibex_pkg_ALU_SRL = 9;
	localparam [5:0] ibex_pkg_ALU_XOR = 2;
	always @(*) begin
		result_o = {32 {1'sb0}};
		case (operator_i)
			ibex_pkg_ALU_XOR, ibex_pkg_ALU_XNOR, ibex_pkg_ALU_OR, ibex_pkg_ALU_ORN, ibex_pkg_ALU_AND, ibex_pkg_ALU_ANDN: result_o = bwlogic_result;
			ibex_pkg_ALU_ADD, ibex_pkg_ALU_SUB: result_o = adder_result;
			ibex_pkg_ALU_SLL, ibex_pkg_ALU_SRL, ibex_pkg_ALU_SRA, ibex_pkg_ALU_SLO, ibex_pkg_ALU_SRO: result_o = shift_result;
			ibex_pkg_ALU_SHFL, ibex_pkg_ALU_UNSHFL: result_o = shuffle_result;
			ibex_pkg_ALU_EQ, ibex_pkg_ALU_NE, ibex_pkg_ALU_GE, ibex_pkg_ALU_GEU, ibex_pkg_ALU_LT, ibex_pkg_ALU_LTU, ibex_pkg_ALU_SLT, ibex_pkg_ALU_SLTU: result_o = {31'h00000000, cmp_result};
			ibex_pkg_ALU_MIN, ibex_pkg_ALU_MAX, ibex_pkg_ALU_MINU, ibex_pkg_ALU_MAXU: result_o = minmax_result;
			ibex_pkg_ALU_CLZ, ibex_pkg_ALU_CTZ, ibex_pkg_ALU_PCNT: result_o = {26'h0000000, bitcnt_result};
			ibex_pkg_ALU_PACK, ibex_pkg_ALU_PACKH, ibex_pkg_ALU_PACKU: result_o = pack_result;
			ibex_pkg_ALU_SEXTB, ibex_pkg_ALU_SEXTH: result_o = sext_result;
			ibex_pkg_ALU_CMIX, ibex_pkg_ALU_CMOV, ibex_pkg_ALU_FSL, ibex_pkg_ALU_FSR, ibex_pkg_ALU_ROL, ibex_pkg_ALU_ROR, ibex_pkg_ALU_CRC32_W, ibex_pkg_ALU_CRC32C_W, ibex_pkg_ALU_CRC32_H, ibex_pkg_ALU_CRC32C_H, ibex_pkg_ALU_CRC32_B, ibex_pkg_ALU_CRC32C_B, ibex_pkg_ALU_BEXT, ibex_pkg_ALU_BDEP: result_o = multicycle_result;
			ibex_pkg_ALU_SBSET, ibex_pkg_ALU_SBCLR, ibex_pkg_ALU_SBINV, ibex_pkg_ALU_SBEXT: result_o = singlebit_result;
			ibex_pkg_ALU_GREV, ibex_pkg_ALU_GORC: result_o = rev_result;
			ibex_pkg_ALU_BFP: result_o = bfp_result;
			ibex_pkg_ALU_CLMUL, ibex_pkg_ALU_CLMULR, ibex_pkg_ALU_CLMULH: result_o = clmul_result;
			default:
				;
		endcase
	end
	wire unused_shift_amt_compl;
	assign unused_shift_amt_compl = shift_amt_compl[5];
endmodule